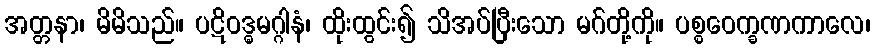
အတ္တနာ၊ မိမိသည်။ ပဋိဝဒ္ဓမဂ္ဂါနံ၊ ထိုးထွင်း၍ သိအပ်ပြီးသော မဂ်တို့ကို။ ပစ္စဝေက္ခဏကာလေ၊